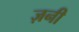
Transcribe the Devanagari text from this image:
ज़नी